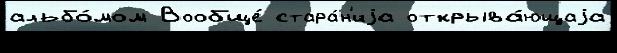
альбо́мом Вообще́ стара́н'иjа открыва́ющаjа